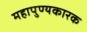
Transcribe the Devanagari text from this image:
महापुण्यकारक